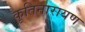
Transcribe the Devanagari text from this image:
कृतिनारायण